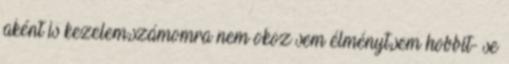
aként is kezelem,számomra nem okoz sem élményt,sem hobbit- se